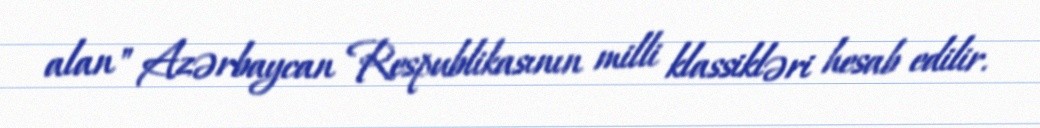
alan" Azərbaycan Respublikasının milli klassikləri hesab edilir.